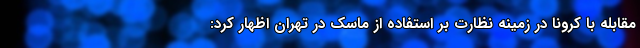
مقابله با کرونا در زمینه نظارت بر استفاده از ماسک در تهران اظهار کرد: